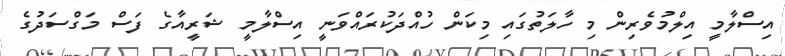
އިސްލާމީ އިލްމުވެރިން މި ހާލަތުގައި މިކަން ހުއްދަކުރައްވަނީ އިސްލާމީ ޝަރީއާގެ ފަސް މަގްސަދުގެ